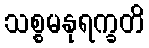
သစ္စမနုရက္ခတိ